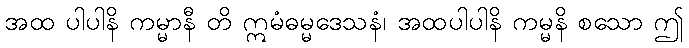
အထ ပါပါနိ ကမ္မာနီ တိ ဣမံဓမ္မဒေသနံ၊ အထပါပါနိ ကမ္မနိ စသော ဤ